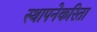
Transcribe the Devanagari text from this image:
स्थापनेकरिता